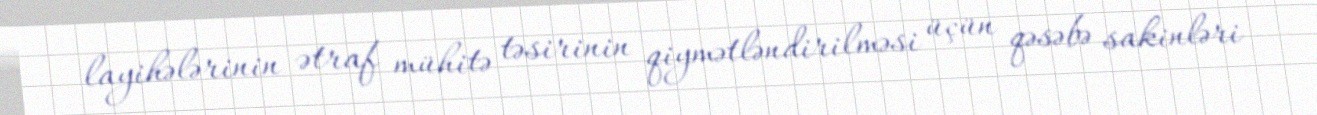
layihələrinin ətraf mühitə təsirinin qiymətləndirilməsi üçün qəsəbə sakinləri